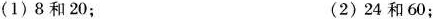
(1)8和20； (2)24和60；(